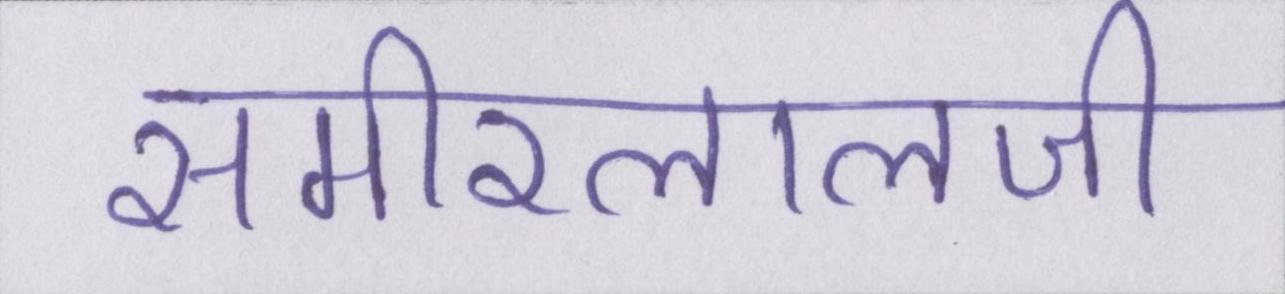
समीरलालजी